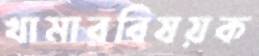
খামারবিষয়ক